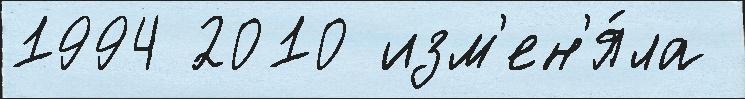
1994 2010 изм'ен'я́ла